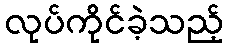
လုပ်ကိုင်ခဲ့သည့်